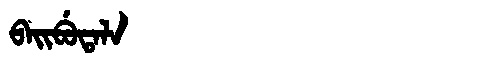
Manchu: ᠪᠠᡳᠪᡠᡨᠠᠯᠠ
Romanization: BAIBUTALA